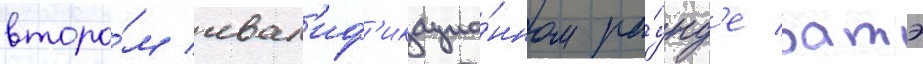
второ́м квал'иф'икацио́нном ра́унд'е батэ